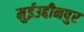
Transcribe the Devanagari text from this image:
मुईउद्दीनपुर